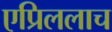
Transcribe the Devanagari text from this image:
एप्रिललाच